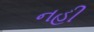
નહી